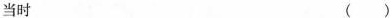
当时 （）